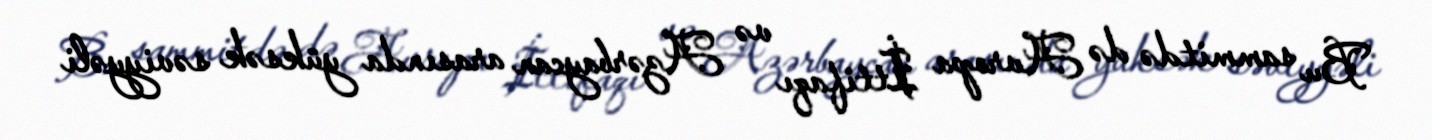
Bu sammitdə də Avropa İttifaqı və Azərbaycan arasında yüksək səviyyəli